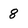
Character: 8